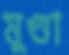
মুণ্ডা